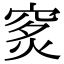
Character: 𥥿